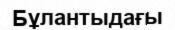
Бұлантыдағы